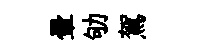
暈劬駕